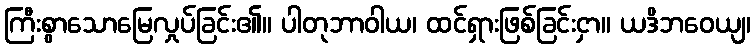
ကြီးစွာသောမြေလှုပ်ခြင်း၏။ ပါတုဘာဝါယ၊ ထင်ရှားဖြစ်ခြင်းငှာ။ ယဒိဘဝေယျ၊